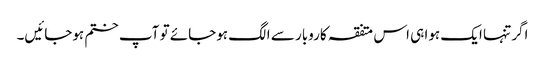
اگر تنہا ایک ہوا ہی اس متفقہ کاروبار سے الگ ہوجائے تو آپ ختم ہوجائیں۔